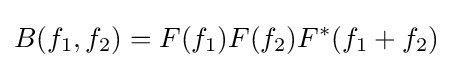
B(f_{1},f_{2})=F(f_{1})F(f_{2})F^{*}(f_{1}+f_{2})